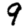
Digit: 9